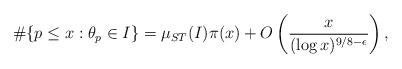
LaTeX: \begin{align*}\#\{p\leq x:\theta_p\in I\}=\mu_{ST}(I)\pi(x)+O\left(\frac{x}{(\log x)^{9/8-\epsilon}}\right),\end{align*}